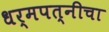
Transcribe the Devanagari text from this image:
धर्मपत्‍नीचा